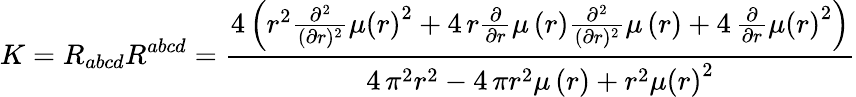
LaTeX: K=R_{abcd}R^{abcd}=\frac{4\, {\left(r^{2}\frac{\partial^{2}}{(\partial r)^{2}}\mu\left(r\right)^{2}+4\, r\frac{\partial}{\partial r}\mu\left(r\right)\frac{\partial^{2}}{(\partial r)^{2}}\mu\left(r\right)+4\, \frac{\partial}{\partial r}\mu\left(r\right)^{2}\right)}}{4\, \pi^{2}r^{2}-4\, \pi r^{2}\mu\left(r\right)+r^{2}\mu\left(r\right)^{2}}